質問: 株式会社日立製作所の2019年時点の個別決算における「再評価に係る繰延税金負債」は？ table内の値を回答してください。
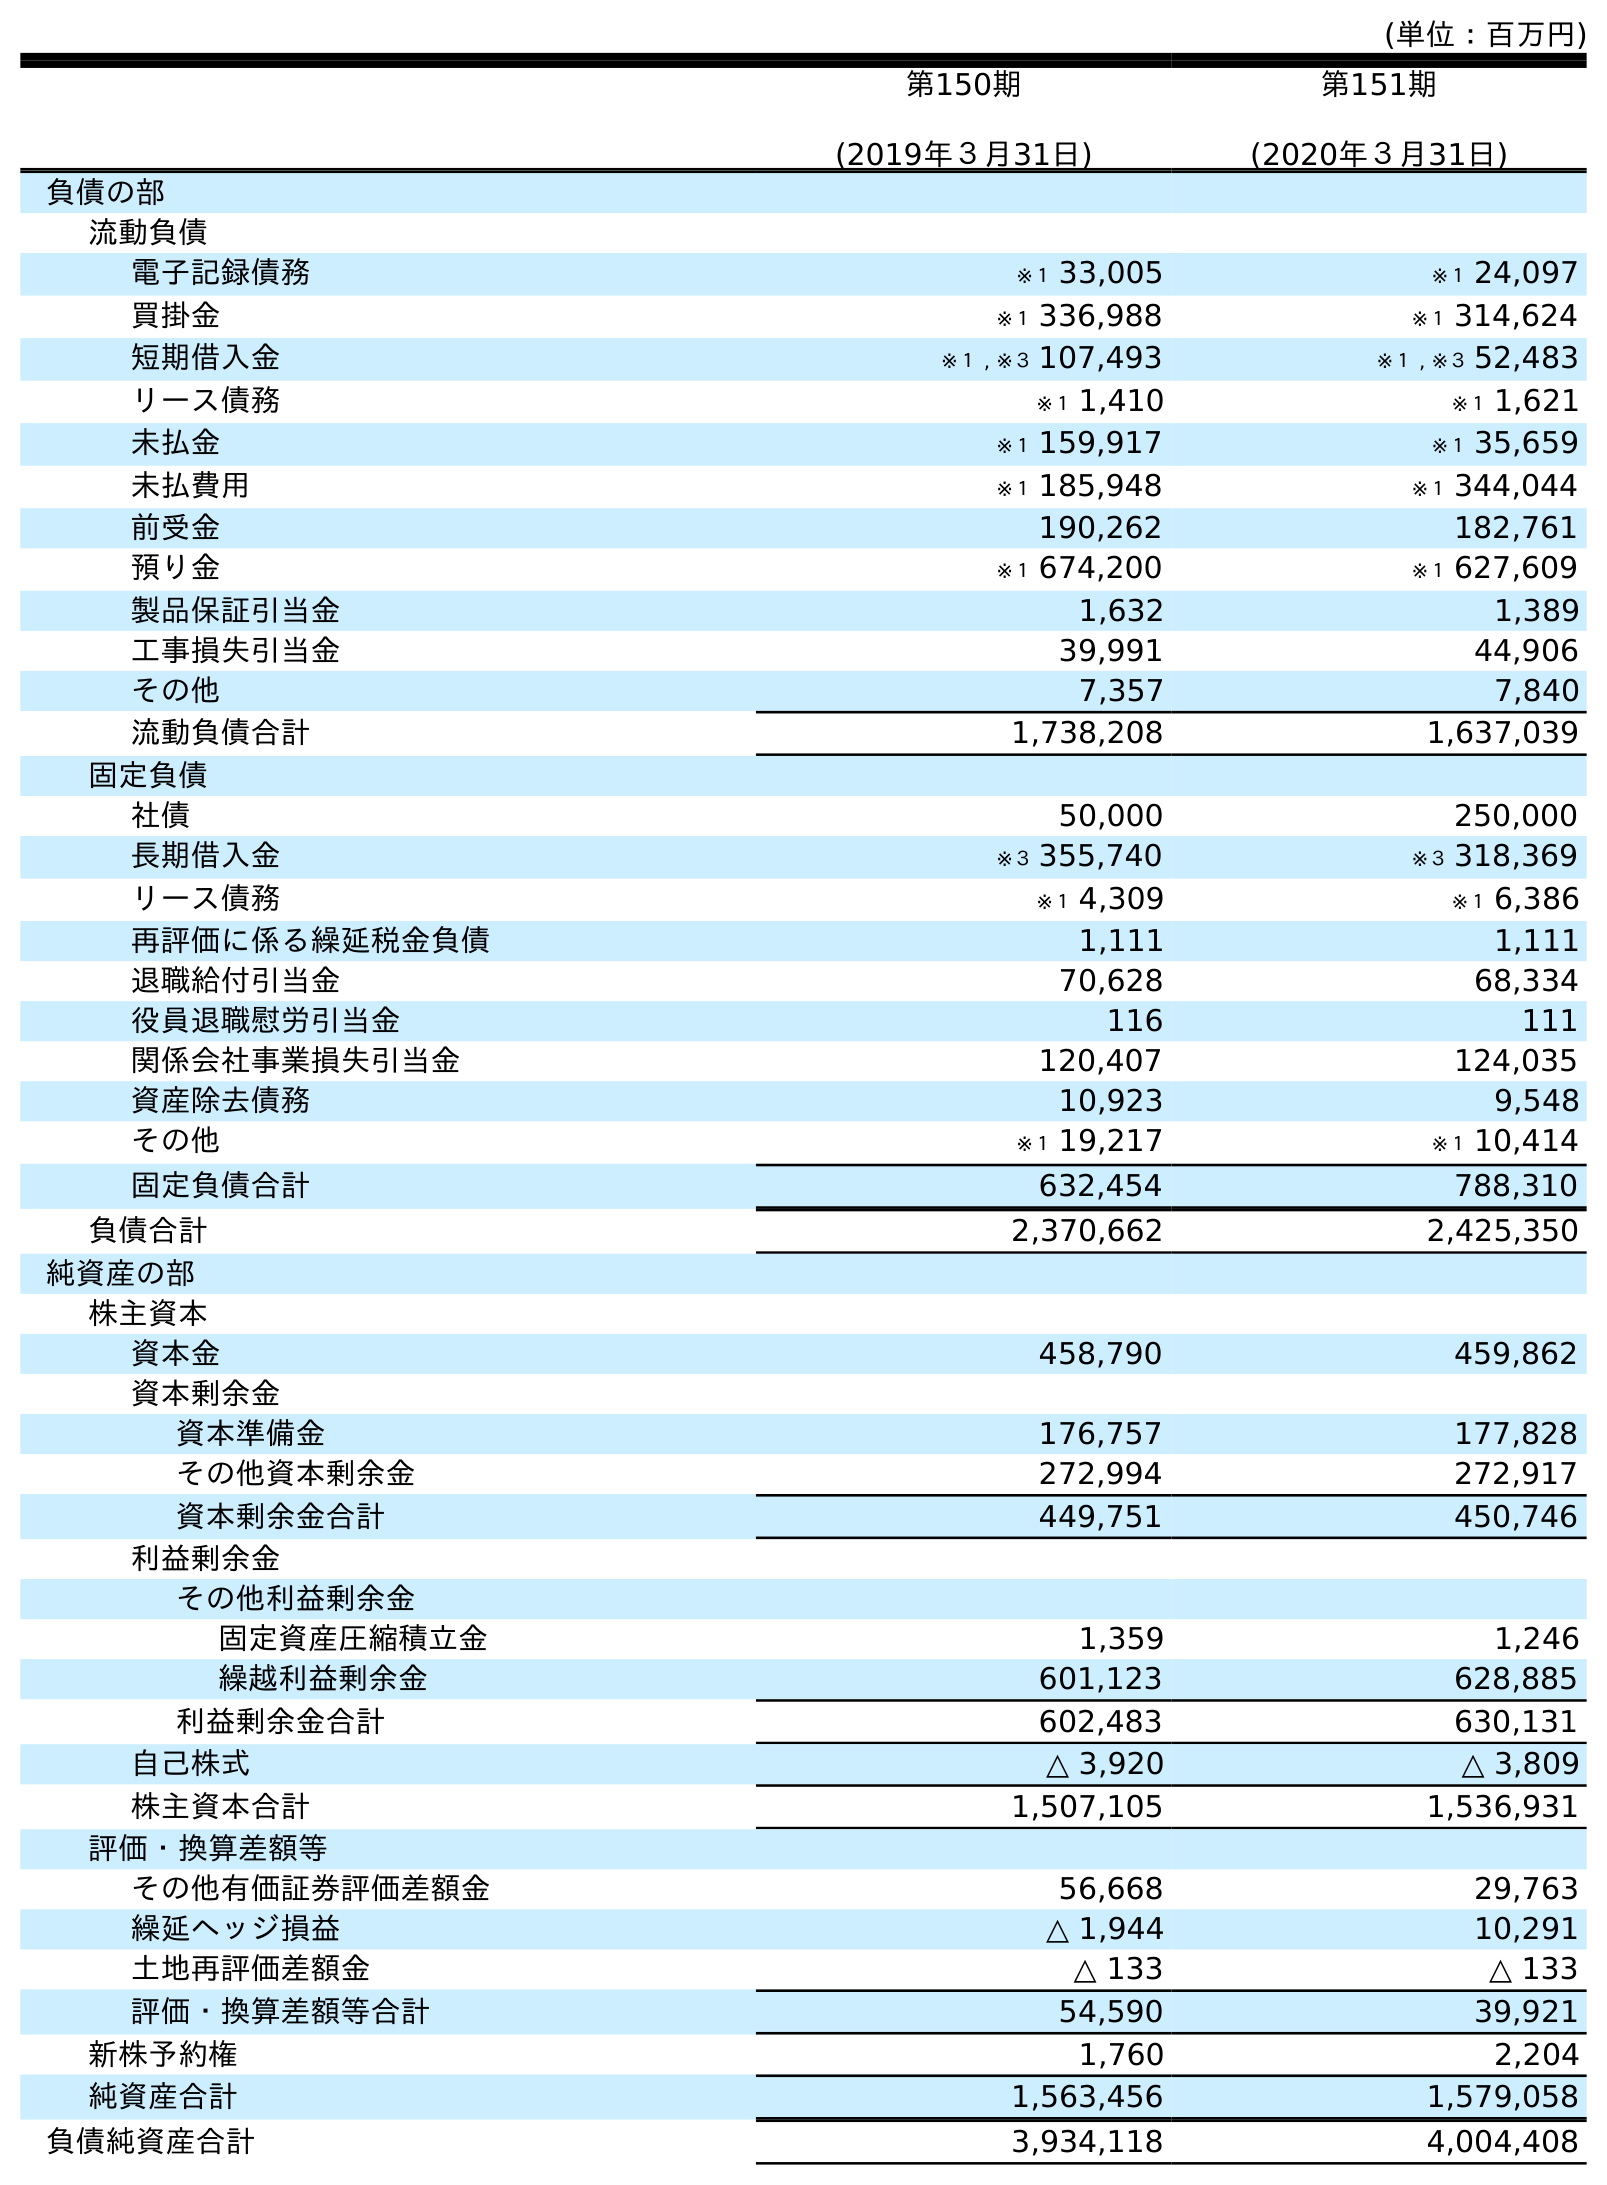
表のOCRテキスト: (単位：百万円) 第150期 (2019年３月31日) 第151期 (2020年３月31日) 負債の部 流動負債 電子記録債務 ※１ 33,005 ※１ 24,097 買掛金 ※１ 336,988 ※１ 314,624 短期借入金 ※１ , ※３ 107,493 ※１ , ※３ 52,483 リース債務 ※１ 1,410 ※１ 1,621 未払金 ※１ 159,917 ※１ 35,659 未払費用 ※１ 185,948 ※１ 344,044 前受金 190,262 182,761 預り金 ※１ 674,200 ※１ 627,609 製品保証引当金 1,632 1,389 工事損失引当金 39,991 44,906 その他 7,357 7,840 流動負債合計 1,738,208 1,637,039 固定負債 社債 50,000 250,000 長期借入金 ※３ 355,740 ※３ 318,369 リース債務 ※１ 4,309 ※１ 6,386 再評価に係る繰延税金負債 1,111 1,111 退職給付引当金 70,628 68,334 役員退職慰労引当金 116 111 関係会社事業損失引当金 120,407 124,035 資産除去債務 10,923 9,548 その他 ※１ 19,217 ※１ 10,414 固定負債合計 632,454 788,310 負債合計 2,370,662 2,425,350 純資産の部 株主資本 資本金 458,790 459,862 資本剰余金 資本準備金 176,757 177,828 その他資本剰余金 272,994 272,917 資本剰余金合計 449,751 450,746 利益剰余金 その他利益剰余金 固定資産圧縮積立金 1,359 1,246 繰越利益剰余金 601,123 628,885 利益剰余金合計 602,483 630,131 自己株式 △ 3,920 △ 3,809 株主資本合計 1,507,105 1,536,931 評価・換算差額等 その他有価証券評価差額金 56,668 29,763 繰延ヘッジ損益 △ 1,944 10,291 土地再評価差額金 △ 133 △ 133 評価・換算差額等合計 54,590 39,921 新株予約権 1,760 2,204 純資産合計 1,563,456 1,579,058 負債純資産合計 3,934,118 4,004,408
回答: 1,111